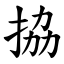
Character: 拹